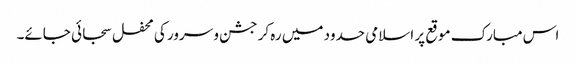
اس مبارک موقع پر اسلامی حدود میں رہ کر جشن و سرور کی محفل سجائی جائے۔